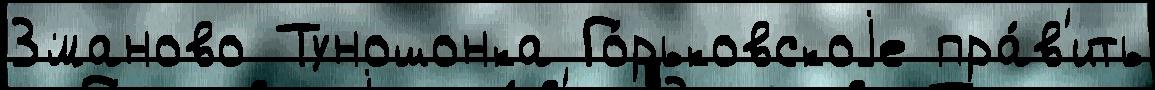
Зманово Туношонка Го́рьковскоjе пра́в'ить